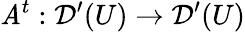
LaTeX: \mathit{A}^{t}:{\mathcal{{D}}}^{\prime}(U)\to{\mathcal{{D}}}^{\prime}(U)